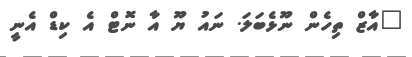
"އާޒް ތިހެން ނޫޅެބަލަ. ނައު ޔޫ އާ ނޮޓް އެ ކިޑް އެނީ